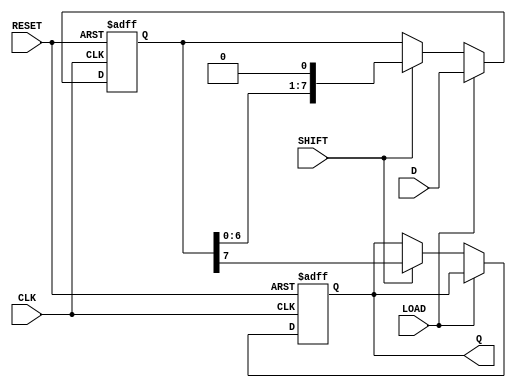
module ShiftPISO #(
    parameter WIDTH = 8  // Define the width of the register
)(
    input wire [WIDTH-1:0] D,   // Parallel data input
    input wire LOAD,             // Load control signal
    input wire SHIFT,            // Shift control signal
    input wire CLK,              // Clock signal
    input wire RESET,            // Asynchronous reset signal
    output reg Q                // Serial output
);

    reg [WIDTH-1:0] shift_reg;   // Shift register to hold the data

    always @(posedge CLK or posedge RESET) begin
        if (RESET) begin
            // Asynchronous reset
            shift_reg <= {WIDTH{1'b0}}; // Reset all bits to 0
            Q <= 1'b0;                // Reset serial output
        end else begin
            if (LOAD) begin
                // Load parallel data into the shift register
                shift_reg <= D;
            end else if (SHIFT) begin
                // Shift the data out serially
                Q <= shift_reg[WIDTH-1]; // Output the MSB
                shift_reg <= {shift_reg[WIDTH-2:0], 1'b0}; // Shift left and fill LSB with 0
            end
            // Note: If both LOAD and SHIFT are asserted, we do not define behavior
            //       to avoid conflicts. Only one should be asserted at a time.
        end
    end

endmodule